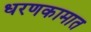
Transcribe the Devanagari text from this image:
धरणकामात